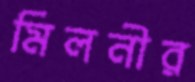
মিলনীর